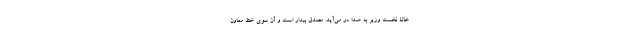
خانۀ نخست وزیر به صدا در می‌آید. مصدق بیدار است و آن سوی خط معاون